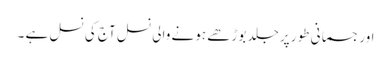
اور جسمانی طور پر جلد بوڑھے ہونے والی نسل آج کی نسل ہے ۔